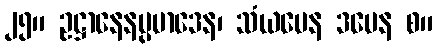
၂၅။ ဥဋ္ဌာနေနပ္ပမာဒေန၊ သံယမေန ဒမေန စ။